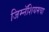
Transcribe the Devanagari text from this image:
जिम्नॅशियमचा